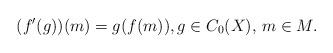
LaTeX: \begin{align*}(f'(g))(m)=g(f(m)),g\in C_0(X),\, m\in M.\end{align*}